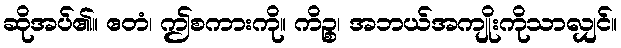
ဆိုအပ်၏။ ဧတံ၊ ဤစကားကို။ ကိဉ္စ၊ အဘယ်အကျိုးကိုသာလျှင်။